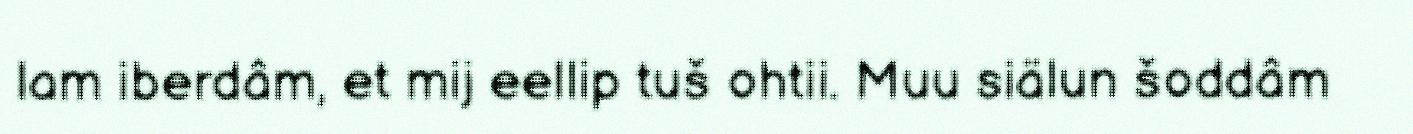
lam iberdâm, et mij eellip tuš ohtii. Muu siälun šoddâm